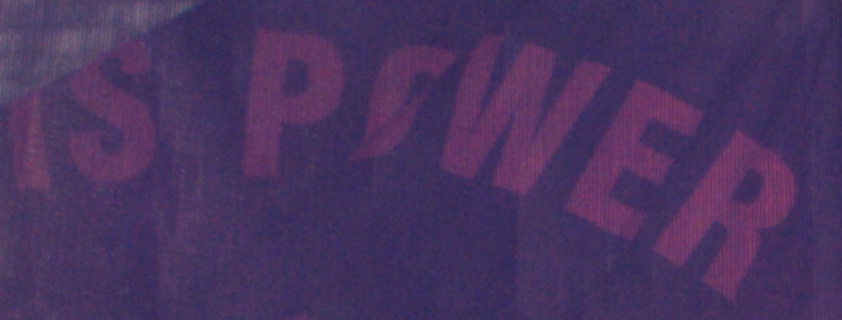
IS POWER